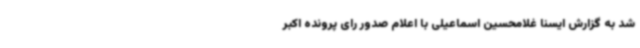
شد به گزارش ایسنا غلامحسین اسماعیلی با اعلام صدور رای پرونده اکبر